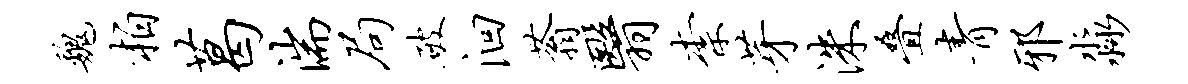
魏柏葛湍局破洄蓊翳柰芽洙叠青邪淼